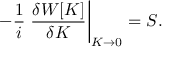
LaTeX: - { \frac { 1 } { i } } \left. { \frac { \delta W [ K ] } { \delta K } } \right| _ { K \rightarrow 0 } = S .